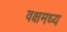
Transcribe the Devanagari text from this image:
वक्षमध्य